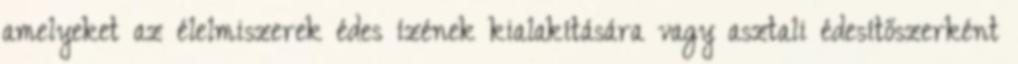
amelyeket az élelmiszerek édes ízének kialakítására vagy asztali édesítőszerként